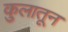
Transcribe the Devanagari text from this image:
कुलातून